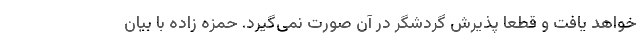
خواهد یافت و قطعا پذیرش گردشگر در آن صورت نمی‌گیرد. حمزه زاده با بیان